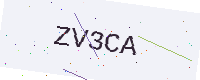
Text: ZV3CA